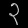
Digit: ၃